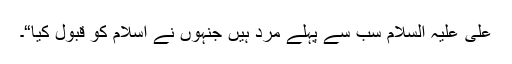
علی علیہ السلام سب سے پہلے مرد ہیں جنہوں نے اسلام کو قبول کیا“۔